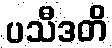
ပသီဒတိ